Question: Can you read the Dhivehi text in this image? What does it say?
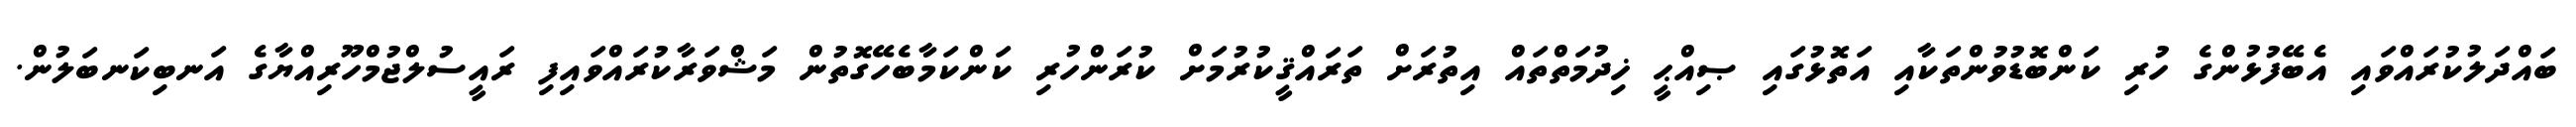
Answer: ބައްދަލުކުރައްވައި އެބޭފުޅުންގެ ހުރި ކަންބޮޑުވުންތަކާއި އަތޮޅުގައި ޞިއްޙީ ޚިދުމަތްތައް އިތުރަށް ތަރައްޤީކުރުމަށް ކުރަންހުރި ކަންކަމާބެހޭގޮތުން މަޝްވަރާކުރައްވައިފި ރައީސުލްޖުމްހޫރިއްޔާގެ އަނބިކަނބަލުން.